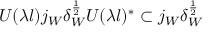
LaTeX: U ( \lambda l ) j _ { W } \delta _ { W } ^ { \frac { 1 } { 2 } } U ( \lambda l ) ^ { * } \subset j _ { W } \delta _ { W } ^ { \frac { 1 } { 2 } }